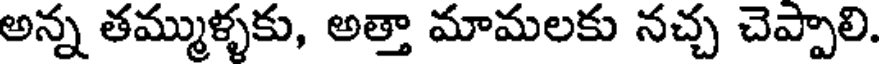
అన్న తమ్ముళ్ళకు, అత్తా మామలకు నచ్చ చెప్పాలి.